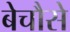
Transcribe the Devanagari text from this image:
बेचौसे